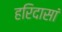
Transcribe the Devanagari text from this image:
हरिदासां